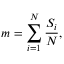
m = \sum _ { i = 1 } ^ { N } \frac { S _ { i } } { N } ,